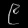
Digit: ၉